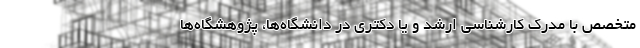
متخصص با مدرک کارشناسی ارشد و یا دکتری در دانشگاه‌ها، پژوهشگاه‌ها